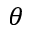
\theta